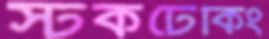
স্টকটেকিং